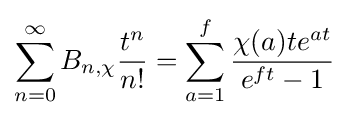
\displaystyle \sum _{n=0}^{\infty }B_{n,\chi }{\frac {t^{n}}{n!}}=\sum _{a=1}^{f}{\frac {\chi (a)te^{at}}{e^{ft}-1}}